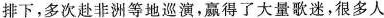
排下，多次赴非洲等地巡演，赢得了大量歌迷，很多人